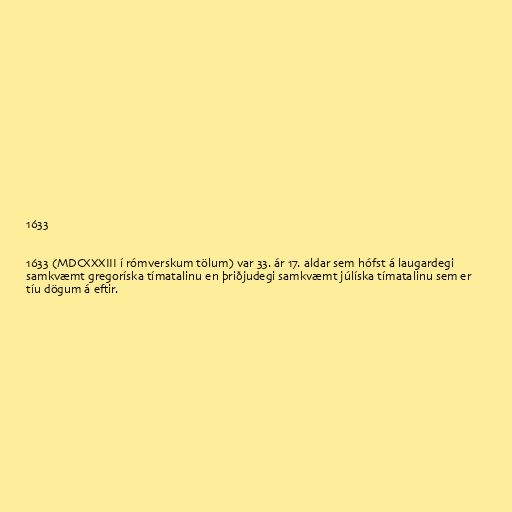
1633

1633 (MDCXXXIII í rómverskum tölum) var 33. ár 17. aldar sem hófst á laugardegi
samkvæmt gregoríska tímatalinu en þriðjudegi samkvæmt júlíska tímatalinu sem er
tíu dögum á eftir.